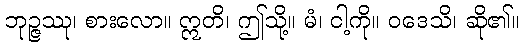
ဘုဉ္ဇဿု၊ စားလော။ ဣတိ၊ ဤသို့။ မံ၊ ငါ့ကို။ ဝဒေသိ၊ ဆို၏။